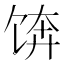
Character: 𱃼